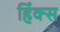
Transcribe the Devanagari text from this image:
हिंक्स